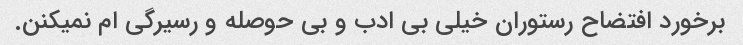
برخورد افتضاح رستوران خیلی بی ادب و بی حوصله و رسیرگی ام نمیکنن.